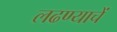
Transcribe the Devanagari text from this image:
लढण्याचें